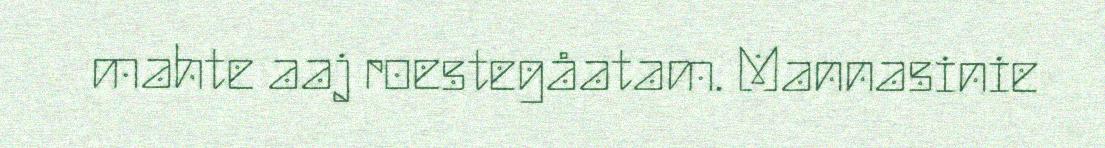
mahte aaj roestegåatam. Mannasinie